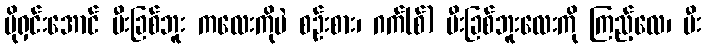
ပိုရှင်းအောင် မီးခြစ်ဘူး ကလေးကိုပဲ စဉ်းစား၊ ဂက်(စ်) မီးခြစ်ဘူးလေးကို ကြည့်လေ၊ မီး